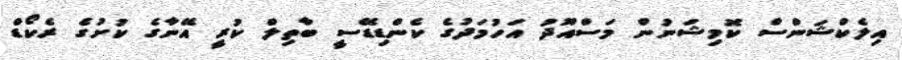
އިލެކްޝަންސް ކޮމިޝަނުން މަސްއޫދު އަހުމަދުގެ ކެންޑިޑޭސީ ބާތިލް ކުރީ އޭނާގެ ކުށުގެ ރެކޯޑް